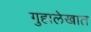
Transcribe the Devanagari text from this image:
गुहालेखात